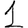
Digit: 1